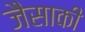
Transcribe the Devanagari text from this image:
जैसाकी